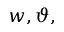
w , \vartheta ,